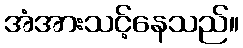
အံအားသင့်နေသည်။